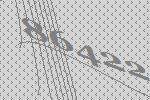
86422